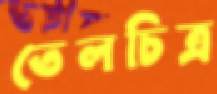
তেলচিত্র